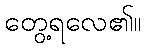
တွေ့ရလေ၏။